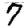
Digit: 7